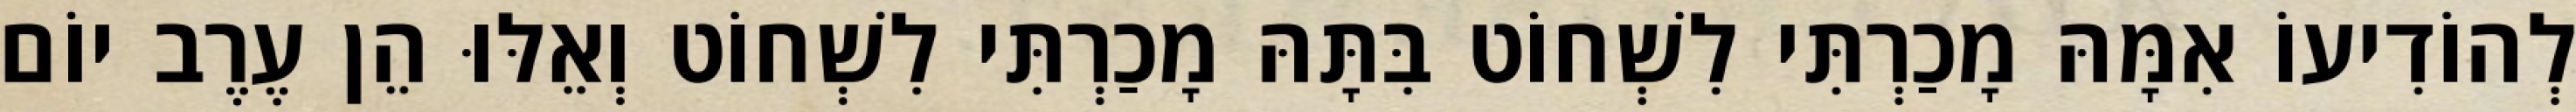
לְהוֹדִיעוֹ אִמָּהּ מָכַרְתִּי לִשְׁחוֹט בִּתָּהּ מָכַרְתִּי לִשְׁחוֹט וְאֵלּוּ הֵן עֶרֶב יוֹם